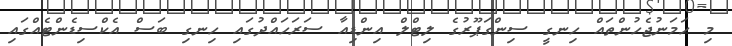
މި ހަމަނުޖެހުންތައް ހިނގީ ސިންގަޕޫރުގެ ލިޓްލް އިންޑިއާ ސަރަހައްދުގައި ހިނގި ބަސް އެކްސިޑެންޓެއްގައި